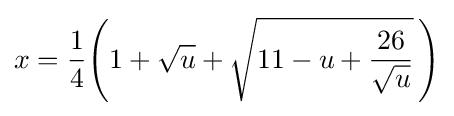
x={\frac {1}{4}}\!\left(1+{\sqrt {u}}+{\sqrt {11-u+{\frac {26}{\sqrt {u}}}}}\,\right)